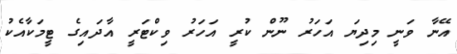
އޭނާ ވަނީ މިދިޔަ އަހަރު ނޫން ކުރީ އަހަރު ވިކްޓަރީ އާދައިގެ ޓީމަކާއެކު